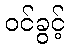
ဝင်ခွင့်